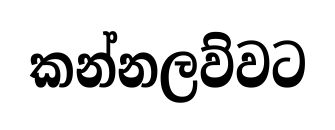
කන්නලව්වට